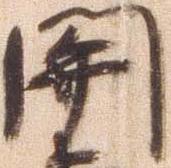
関